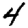
Digit: 4